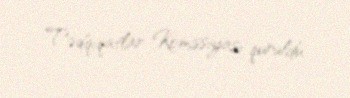
Tədqiqatlar Komissiyası quruldu.